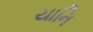
યાનિ